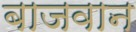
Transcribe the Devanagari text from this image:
बाजवान